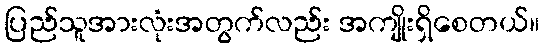
ပြည်သူအားလုံးအတွက်လည်း အကျိုးရှိစေတယ်။